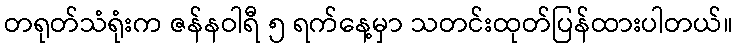
တရုတ်သံရုံးက ဇန်နဝါရီ ၅ ရက်နေ့မှာ သတင်းထုတ်ပြန်ထားပါတယ်။